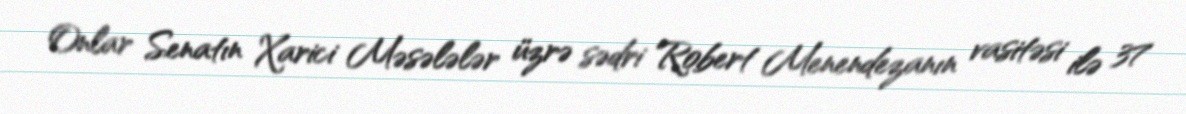
Onlar Senatın Xarici Məsələlər üzrə sədri Robert Menendezanın vasitəsi ilə 37